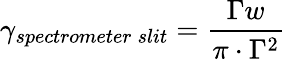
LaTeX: \gamma_{spectrometer\: slit}=\frac{\Gamma w}{\pi\cdot\Gamma^{2}}